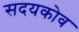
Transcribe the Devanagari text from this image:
सदयकोव